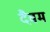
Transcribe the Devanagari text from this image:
दैवम